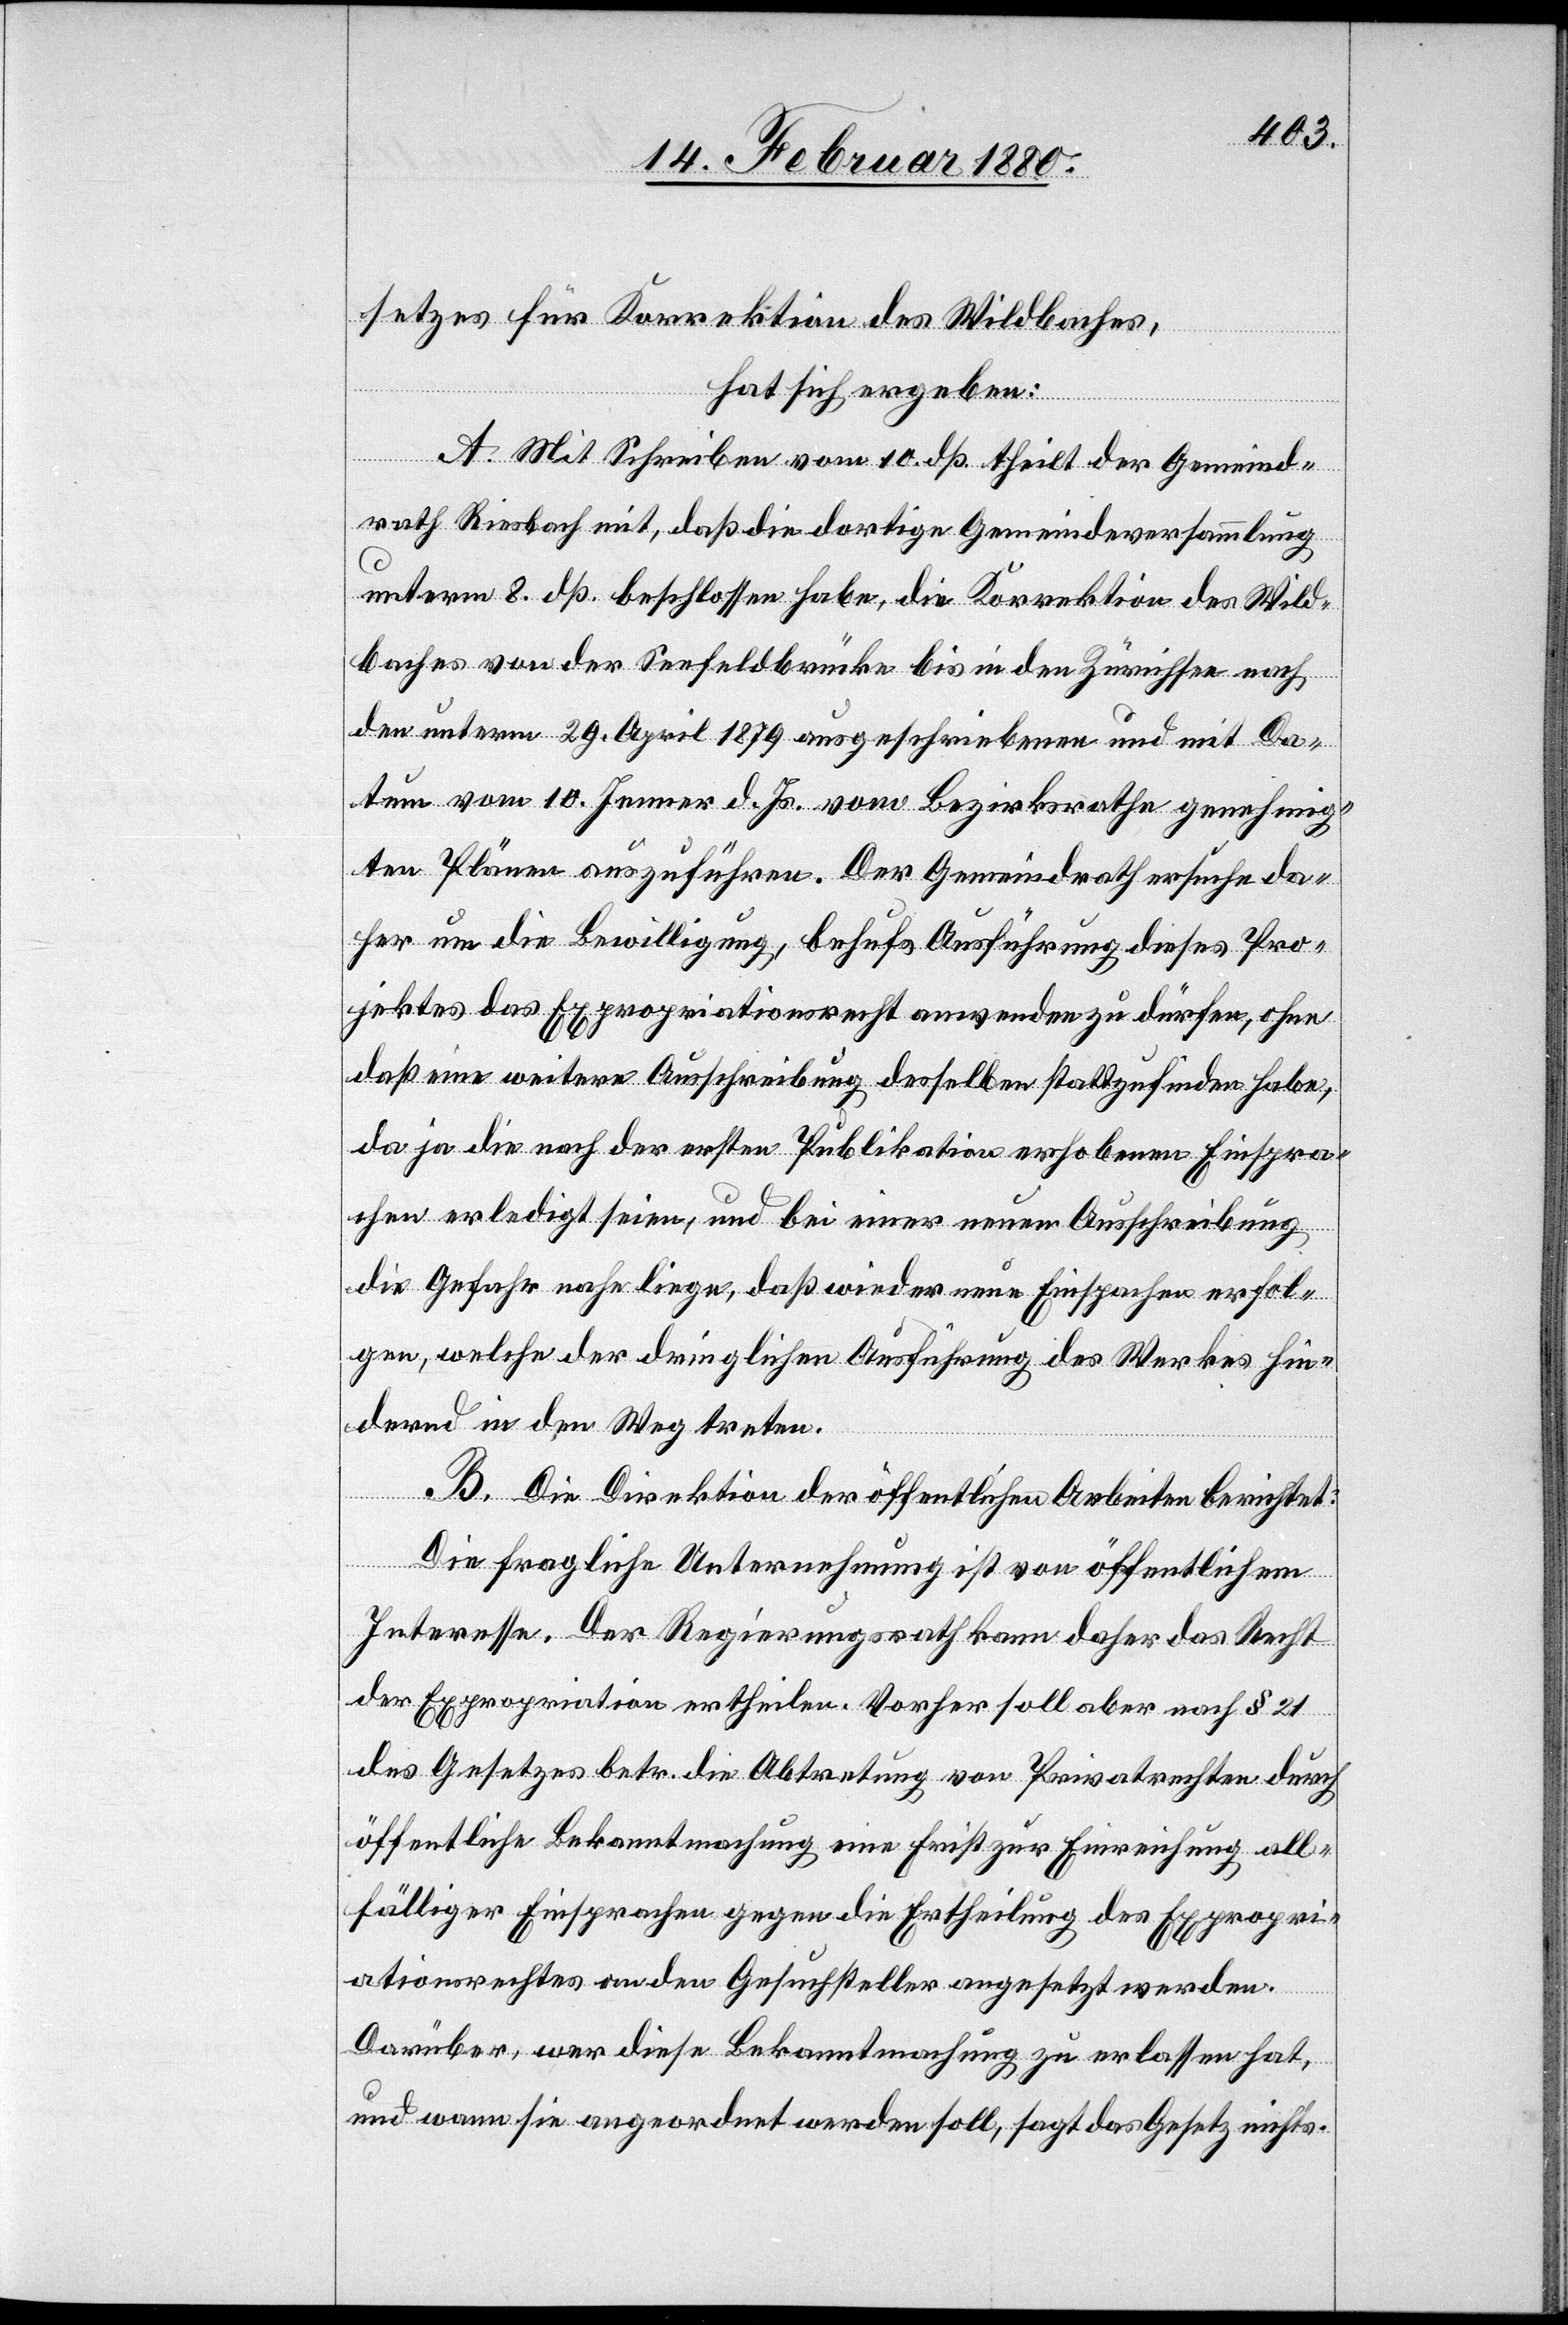
setzes für Korrektion des Wildbaches,
hat sich ergeben:
A. Mit Schreiben vom 10. dß. theilt der Gemeind¬
rath Riesbach mit, daß die dortige Gemeindeversammlung
unterm 8. dß. beschlossen habe, die Korrektion des Wild¬
baches von der Seefeldbrücke bis in den Zürichsee nach
den unterm 29. April 1879 ausgeschriebenen und mit Da¬
tum vom 10. Jenner d. Js. vom Bezirksrathe genehmig¬
ten Plänen auszuführen. Der Gemeindrath ersuche da¬
her um die Bewilligung, behufs Ausführung dieses Pro¬
jektes das Expropriationsrecht anwenden zu dürfen, ohne
daß eine weitere Ausschreibung desselben stattzufinden habe,
da ja die nach der ersten Publikation erhobenen Einspra¬
chen erledigt seien, und bei einer neuen Ausschreibung
die Gefahr nahe liege, daß wieder neue Einsprachen erfol¬
gen, welche der dringlichen Ausführung des Werkes hin¬
dernd in den Weg treten.
B. Die Direktion der öffentlichen Arbeiten berichtet:
Die fragliche Unternehmung ist von öffentlichem
Interesse. Der Regierungsrath kann daher das Recht
der Expropriation ertheilen. Vorher soll aber nach § 21
des Gesetzes betr. die Abtretung von Privatrechten durch
öffentliche Bekanntmachung eine Frist zur Einreichung all¬
fälliger Einsprachen gegen die Ertheilung des Expropri¬
ationsrechtes an den Gesuchsteller angesetzt werden.
Darüber, wer diese Bekanntmachung zu erlassen hat,
und wann sie angeordnet werden soll, sagt das Gesetz nichts.